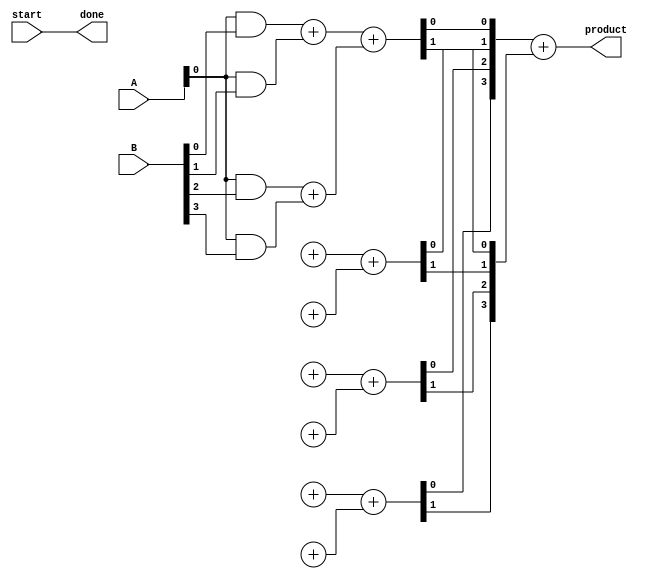
module async_wallace_tree_multiplier #(parameter A_WIDTH = 4, B_WIDTH = 4) (
    input  wire [A_WIDTH-1:0] A,
    input  wire [B_WIDTH-1:0] B,
    input  wire start,
    output wire [A_WIDTH + B_WIDTH - 1:0] product,
    output wire done
);

    // Define intermediate signals for partial products
    wire [A_WIDTH*B_WIDTH-1:0] partial_products [0:A_WIDTH-1];

    // Generate Partial Products
    genvar i, j;
    generate
        for (i = 0; i < A_WIDTH; i = i + 1) begin : partial_prod_gen
            for (j = 0; j < B_WIDTH; j = j + 1) begin : and_gen
                assign partial_products[i][j + (i * B_WIDTH)] = A[i] & B[j];
            end
        end
    endgenerate

    // Wallace Tree Levels
    wire [A_WIDTH*B_WIDTH-1:0] sum [0:A_WIDTH+B_WIDTH-1];
    wire [A_WIDTH*B_WIDTH-1:0] carry [0:A_WIDTH+B_WIDTH-1];
    
    // Initial assignment from partial products to the first level of sum
    assign sum[0] = partial_products[0];
    assign carry[0] = 0;

    // Level 1 of Wallace Tree
    generate
        for (i = 0; i < A_WIDTH*B_WIDTH; i = i + 2) begin : level1
            assign {carry[1][i/2], sum[1][i/2]} = sum[0][i] + sum[0][i+1];
        end
    endgenerate

    // Further levels (this is a simplified version, you may need to add more levels depending on the number of partial products)
    // Repeat for more levels as needed
    // The following is an example for level 2
    generate
        for (i = 0; i < (A_WIDTH*B_WIDTH)/2; i = i + 2) begin : level2
            assign {carry[2][i/2], sum[2][i/2]} = sum[1][i] + sum[1][i+1];
        end
    endgenerate

    // Final summation (this could be more complex depending on the number of levels)
    wire [A_WIDTH + B_WIDTH - 1:0] final_sum;
    wire final_carry;

    assign {final_carry, final_sum} = sum[2] + carry[2];

    // Final product assignment
    assign product = final_sum;

    // Simple done signal for this example
    assign done = start; // This should be controlled by proper handshake logic in a real design

endmodule